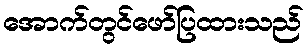
အောက်တွင်ဖော်ပြထားသည်